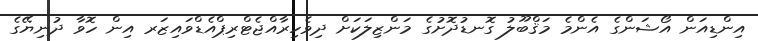
އިންޑިއަން އޯޝަންގެ އެންމެ މަޤްބޫލު ގޮނޑުދޮޮށުގެ މަންޒިލަކަށް ދިވެހިރާއްޖެޓްރިޕްއެޑްވައިޒަރ އިން ހޮވާ ދުނިޔޭގެ